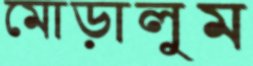
মোড়ালুম